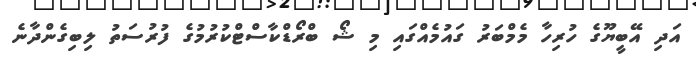
އަދި އޭބީޔޫގެ ހުރިހާ މެމްބަރު ގައުމެއްގައި މި ޝޯ ބްރޯޑްކާސްޓްކުރުމުގެ ފުރުސަތު ލިބިގެންދާނެ